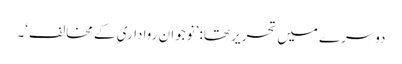
دوسرے میں تحریر تھا: ’نوجوان رواداری کے مخالف‘۔